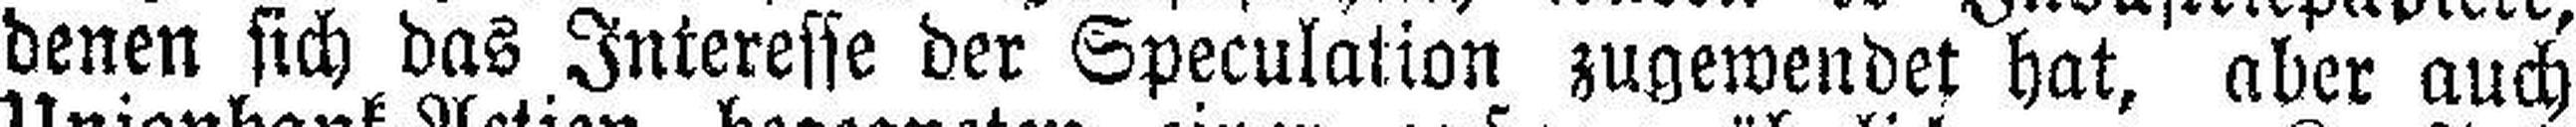
denen sich das Interesse der Speculation zugewendet hat, aber auch